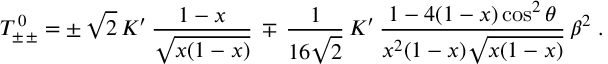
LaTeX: { \cal T } _ { \pm \, \pm } ^ { \, 0 } = \pm \, \sqrt { 2 } \, K ^ { \prime } \, \frac { 1 - x } { \sqrt { x ( 1 - x ) } } \, \mp \, \frac { 1 } { 1 6 \sqrt { 2 } } \, K ^ { \prime } \, \frac { 1 - 4 ( 1 - x ) \cos ^ { 2 } \theta } { x ^ { 2 } ( 1 - x ) \sqrt { x ( 1 - x ) } } \, \beta ^ { 2 } \; .